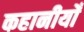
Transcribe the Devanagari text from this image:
कहानीयोँ